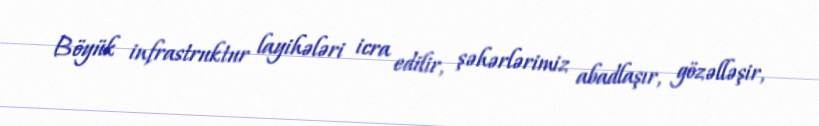
Böyük infrastruktur layihələri icra edilir, şəhərlərimiz abadlaşır, gözəlləşir,